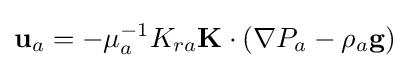
\mathbf {u} _{a}=-\mu _{a}^{-1}K_{ra}\mathbf {K} \cdot \left(\nabla P_{a}-\rho _{a}\mathbf {g} \right)